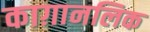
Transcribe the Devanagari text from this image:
काग़ानलिक